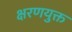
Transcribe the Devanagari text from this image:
क्षरणयुक्त